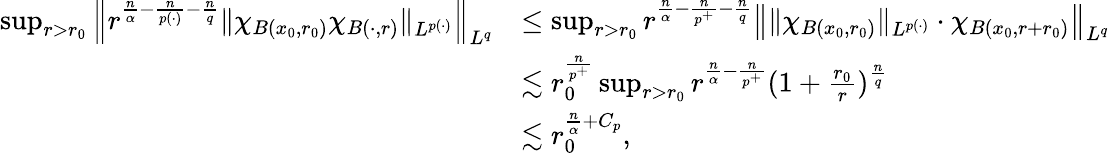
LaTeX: \begin{array}{rl}{\operatorname*{sup}_{r>r_{0}}\left\| r^{\frac{n}{\alpha}-\frac{n}{p(\cdot)}-\frac{n}{q}}\| \chi_{B(x_{0},r_{0})}\chi_{B(\cdot,r)}\| _{L^{p(\cdot)}}\right\| _{L^{q}}}&{\le\operatorname*{sup}_{r>r_{0}}r^{\frac{n}{\alpha}-\frac{n}{p^{+}}-\frac{n}{q}}\left\| \| \chi_{B(x_{0},r_{0})}\| _{L^{p(\cdot)}}\cdot\chi_{B(x_{0},r+r_{0})}\right\| _{L^{q}}}\\ &{\lesssim r_{0}^{\frac{n}{p^{+}}}\operatorname*{sup}_{r>r_{0}}r^{\frac{n}{\alpha}-\frac{n}{p^{+}}}(1+\frac{r_{0}}{r})^{\frac{n}{q}}}\\ &{\lesssim r_{0}^{\frac{n}{\alpha}+C_{p}},}\end{array}